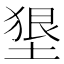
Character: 𡍭